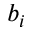
b _ { i }